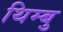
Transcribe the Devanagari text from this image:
थिम्बु